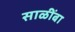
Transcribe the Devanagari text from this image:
साळींबा